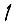
Digit: 1